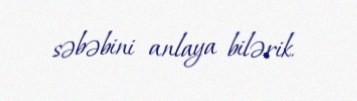
səbəbini anlaya bilərik.